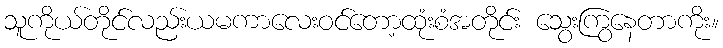
သူကိုယ်တိုင်လည်းယမကာလေးဝင်တော့ထုံးစံအတိုင်း သွေးကြွနေတာကိုး။